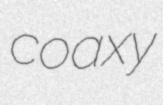
coaxy